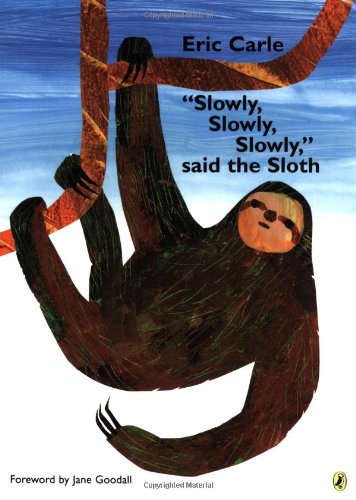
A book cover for "Slowly, Slowly, Slowly," said the Sloth; Eric Carle; Children's Books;